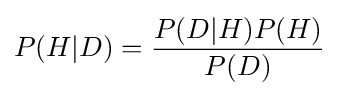
P(H|D)={\frac {P(D|H)P(H)}{P(D)}}